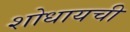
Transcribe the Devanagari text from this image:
शोधायची